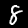
Label: 8